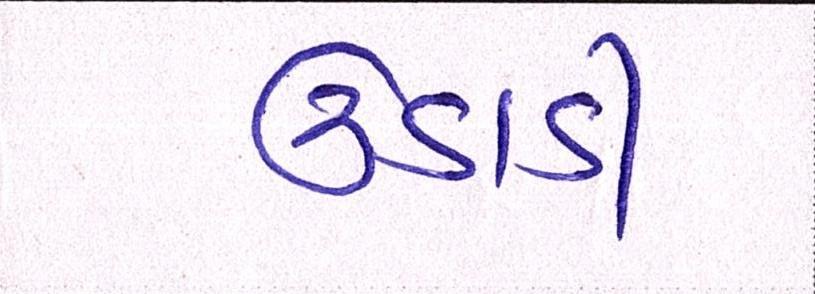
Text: ઊડાડી